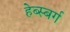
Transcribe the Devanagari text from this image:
हेब्स्बर्ग